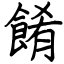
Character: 餚